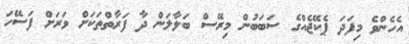
އެހެންވެ މިފަދަ ޕެކޭޖެއްގެ ސަބަބުން މިރޭސް ބަލާލަން ދާ ފަރާތްތަކަށް ވަރަށް ފަސޭހަ